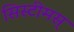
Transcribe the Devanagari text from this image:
सिस्टीमस्